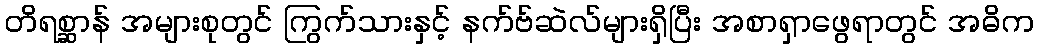
တိရစ္ဆာန် အများစုတွင် ကြွက်သားနှင့် နက်ဗ်ဆဲလ်များရှိပြီး အစာရှာဖွေရာတွင် အဓိက